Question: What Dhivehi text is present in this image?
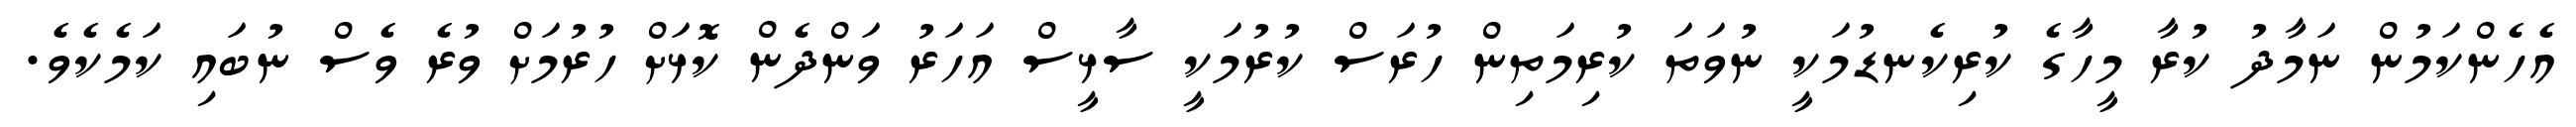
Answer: އެހެންކަމުން ނަމާދު ކުރާ މީހާގެ ކުރިކެނޑުމަކީ ނުވަތަ ކުރިމަތިން ހުރަސް ކުރުމަކީ ސާޅީސް އަހަރު ވަންދެން ކޮޅަށް ހުރުމަށް ވުރެ ވެސް ނުބައި ކަމެކެވެ.